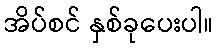
အိပ်စင် နှစ်ခုပေးပါ။